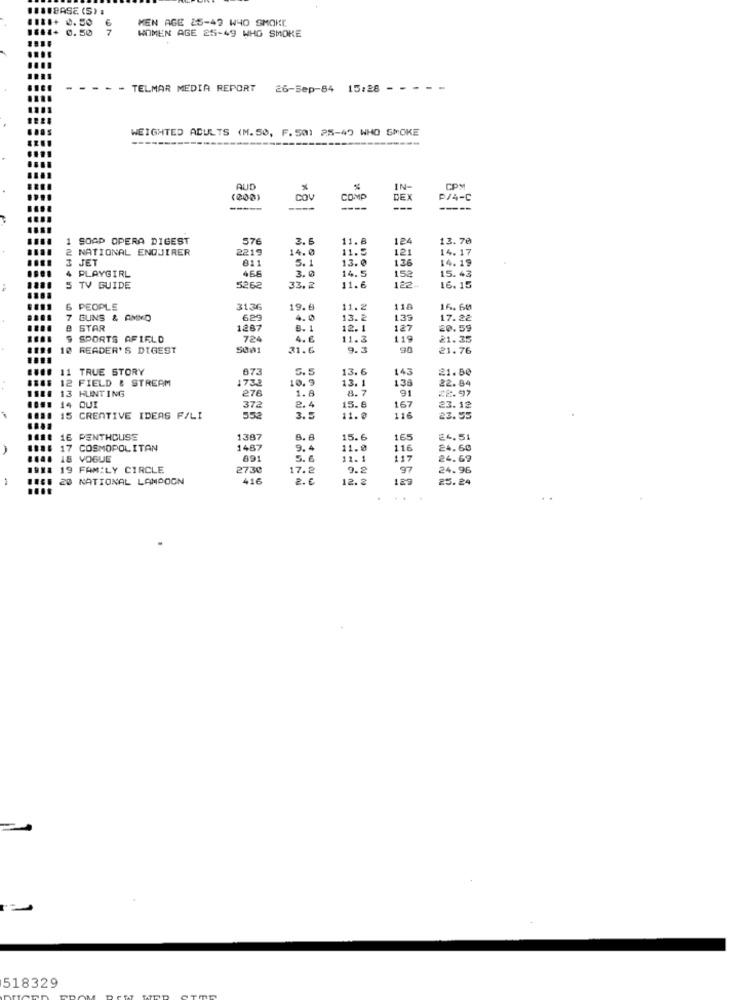
... FORSE (S)
1+ 0.50
MEN AGE 25-49 WHO SMOKE
11.1+ 0.50
7
WOMEN AGE 25-49 WHG SMOKE
- - - - TELMAR MEDIA REPORT
26-sep-84 15:28 - - - - -
WEIGHTED ADULTS (M.50, F. 501 25-49 WHO SMOKE
AUD
IN-
CPM
COV
COMP
DEX
P/4-C
----
-----
1 SOAP OPERA DIGEST
2.6
11.8
124
13.70
NATIONAL ENQUIRER
2219
14.0
11.5
121
14. 17
3 JET
811
5.1
13.0
176
14.19
4 PLAYGIRL
466
15.43
3.0
14.5
122-
152
5 TV GUIDE
5262
33.2
11.6
16. 15
6 PEOPLE
31.36
19.6
11.2
110
16. 60
7 GUNS & AMIMO
625
4.0
13.2
1.39
17.22
STAR
1287
8.1
12.1
127
20.59
9 SPORTS AFIELD
724
4. 6
11.3
119
21.35
10 READER'S DIGEST
5001
31.6
9.3
90
21.76
11 TRUE STORY
873
5.5
13. 6
143
21.80
12 FIELD & STREAM
1738
10.9
13. 1
1.38
22.84
13 HUNTING
276
8.7
91
28.97
1.8
14 QUI
372
2.4
15.8
167
23.12
15 CREATIVE IDEAS F/LI
553
3.5
11.
116
23.95
16 PENTHOUSE
1397
8.6
15.6
165
24.51
COSMOPOLITAN
1487
9.4
11.0
116
24.60
18 VOGUE
891
5.6
11.1
117
24.69
19 FAMILY CIRCLE
2730
17.2
9.2
97
24.95
20 NATIONAL LAMPOON
416
2. €
12. 2
122
25.24
.. ..
518329